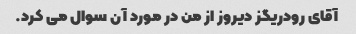
آقای رودریگز دیروز از من در مورد آن سوال می کرد.